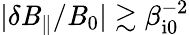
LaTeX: |\delta\mathit{B}_{\parallel}/\mathit{B}_{0}|\gtrsim\beta_{\mathrm{{i0}}}^{-2}